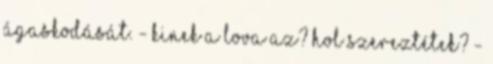
ágaskodását. - Kinek a lova az? Hol szereztétek? -